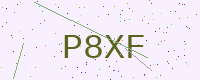
Text: P8XF